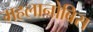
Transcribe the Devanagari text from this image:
महलानोबिस